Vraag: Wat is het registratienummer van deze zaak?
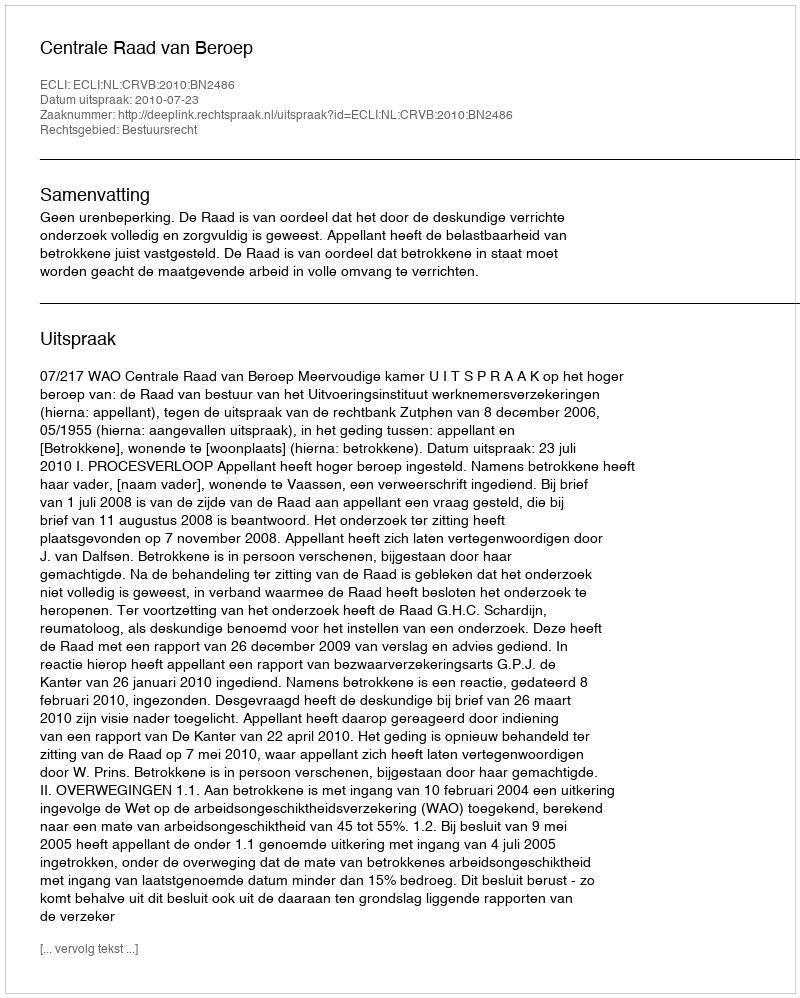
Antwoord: http://deeplink.rechtspraak.nl/uitspraak?id=ECLI:NL:CRVB:2010:BN2486